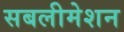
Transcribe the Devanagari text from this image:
सबलीमेशन